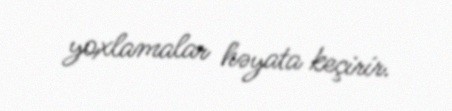
yoxlamalar həyata keçirir.